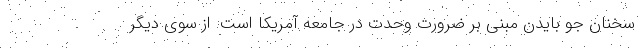
سخنان جو بایدن مبنی بر ضرورت وحدت در جامعه آمریکا است. از سوی دیگر